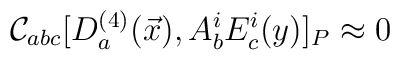
{\cal C}_{abc} [D_{a}^{(4)}(\vec{x}), A_{b}^{i} E_{c}^{i}(y)]_{P}\approx 0